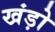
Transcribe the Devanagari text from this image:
खंड़ो